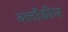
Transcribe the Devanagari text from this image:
क्लौडीन